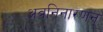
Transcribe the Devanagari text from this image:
अवनिनारणन्